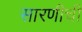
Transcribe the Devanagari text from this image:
सारणीची